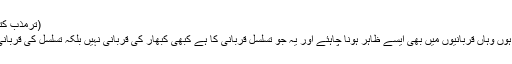
(ترمذب کتاب الادب باب ان اللہ یحب ان یری اثر نعمتہ علی عبدہ)
پس جہاں اپنی ذات پر اپنے خاندان پر یہ اثر دکھا رہے ہوں وہاں قربانیوں میں بھی ایسے ظاہر ہونا چاہئے اور یہ جو تسلسل قربانی کا ہے کبھی کبھار کی قربانی نہیں بلکہ تسلسل کی قربانی کا اظہار ہونا چاہئے تاکہ اور زیادہ شکر ان نعمت ہو۔